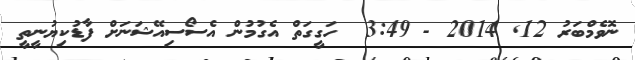
ނޮވެމްބަރު 12